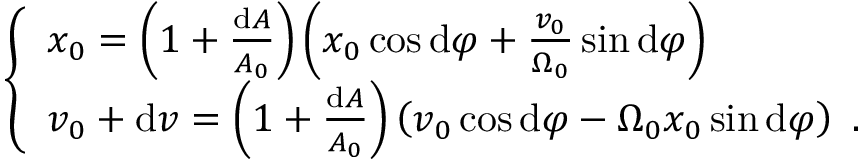
\left\{ \begin{array} { l } { x _ { 0 } = \left( 1 + \frac { \mathrm { d } A } { A _ { 0 } } \right) \left( x _ { 0 } \cos \mathrm { d } \varphi + \frac { v _ { 0 } } { \Omega _ { 0 } } \sin \mathrm { d } \varphi \right) } \\ { v _ { 0 } + \mathrm { d } v = \left( 1 + \frac { \mathrm { d } A } { A _ { 0 } } \right) \left( v _ { 0 } \cos \mathrm { d } \varphi - \Omega _ { 0 } x _ { 0 } \sin \mathrm { d } \varphi \right) \mathrm { ~ . ~ } } \end{array} \right.